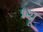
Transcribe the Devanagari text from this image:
भ्यू